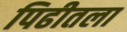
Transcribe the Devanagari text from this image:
पिढीतला